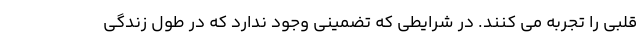
قلبی را تجربه می کنند. در شرایطی که تضمینی وجود ندارد که در طول زندگی